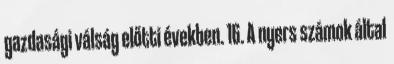
gazdasági válság előtti években. 16. A nyers számok által